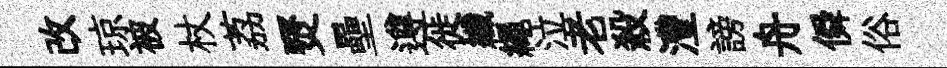
改琼被杖荔燹壘遵徙纖繩泣老殺灃謗舟僢俗